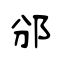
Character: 邠